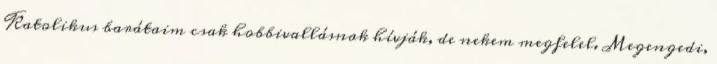
Katolikus barátaim csak hobbivallásnak hívják, de nekem megfelel. Megengedi,